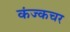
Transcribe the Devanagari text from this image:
कंज्कचर